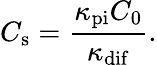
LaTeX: C_{\mathrm{s}}=\frac{\kappa_{\mathrm{pi}}C_{0}}{\kappa_{\mathrm{dif}}}.